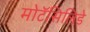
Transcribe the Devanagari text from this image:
मोटॅसिलिडे